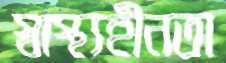
স্বাস্থ্যহীনতা